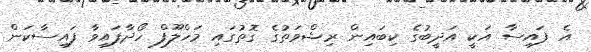
އެ ފައިސާ އަކީ އަދީބުގެ ކިބައިން ރިޝްވަތުގެ ގޮތުގައި މަހްލޫފް ހޯދާފައިވާ ފައިސާކަން